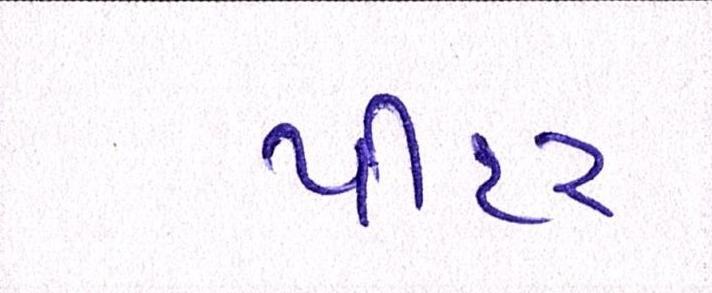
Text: પીટર